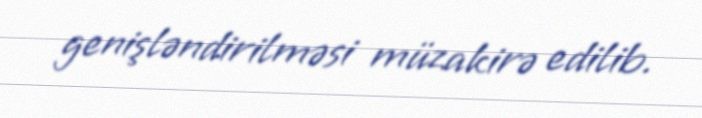
genişləndirilməsi müzakirə edilib.